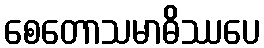
စေတောသမာဓိဿပေ